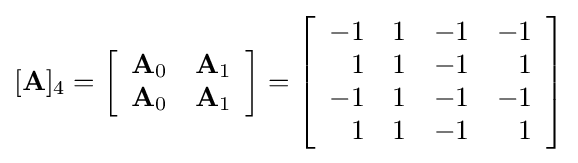
[\mathbf {A} ]_{4}=\left[{\begin{array}{rrrr}\mathbf {A} _{0}&\mathbf {A} _{1}\\\mathbf {A} _{0}&\mathbf {A} _{1}\\\end{array}}\right]=\left[{\begin{array}{rrrr}-1&1&-1&-1\\1&1&-1&1\\-1&1&-1&-1\\1&1&-1&1\\\end{array}}\right]